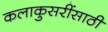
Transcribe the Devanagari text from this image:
कलाकुसरींसाठी